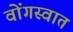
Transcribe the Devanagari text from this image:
वोंगस्वात